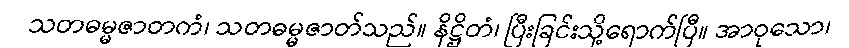
သတဓမ္မဇာတကံ၊ သတဓမ္မဇာတ်သည်။ နိဋ္ဌိတံ၊ ပြီးခြင်းသို့ရောက်ပြီ။ အာဝုသော၊